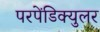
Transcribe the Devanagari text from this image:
परपेंडिक्युलर